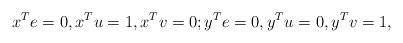
\begin{align*}x^Te=0, x^Tu=1, x^Tv=0; y^Te=0, y^Tu=0, y^Tv=1,\end{align*}